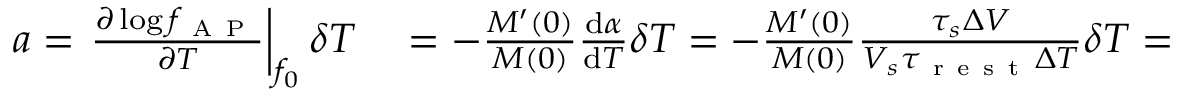
\begin{array} { r l } { a = \left. \frac { \partial \log f _ { \mathrm { ~ A ~ P ~ } } } { \partial T } \right| _ { f _ { 0 } } \delta T } & { { } = - \frac { M ^ { \prime } ( 0 ) } { M ( 0 ) } \frac { \mathrm { d } \alpha } { \mathrm { d } T } \delta T = - \frac { M ^ { \prime } ( 0 ) } { M ( 0 ) } \frac { \tau _ { s } \Delta V } { V _ { s } \tau _ { \mathrm { ~ r ~ e ~ s ~ t ~ } } \Delta T } \delta T = } \end{array}